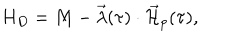
H _ { D } = M - \vec { \lambda } ( \tau ) \cdot \vec { { \cal H } } _ { p } ( \tau ) ,